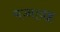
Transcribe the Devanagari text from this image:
मज्जावह